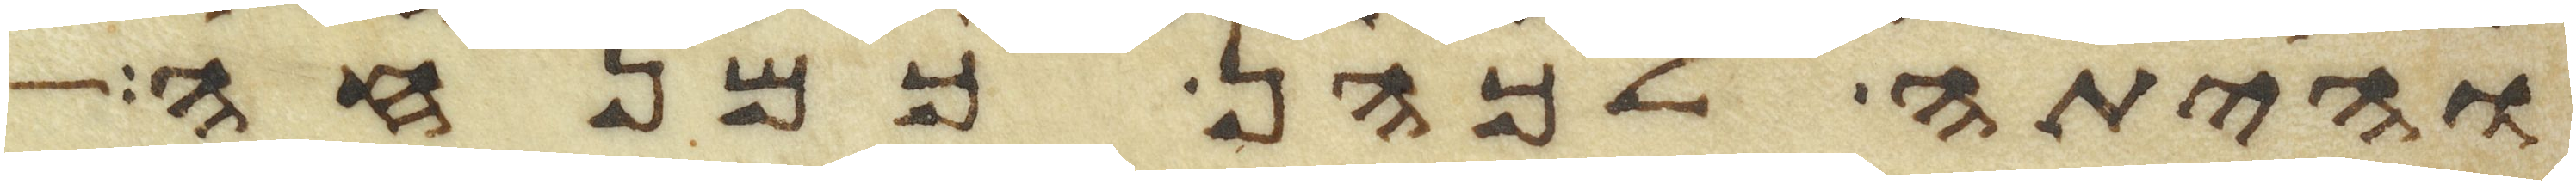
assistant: והיתה לכהן כמנחה